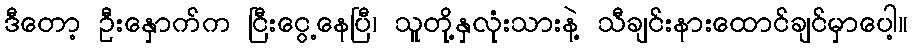
ဒီတော့ ဦးနှောက်က ငြီးငွေ့နေပြီ၊ သူတို့နှလုံးသားနဲ့ သီချင်းနားထောင်ချင်မှာပေါ့။